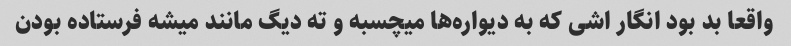
واقعا بد بود انگار اشی که به دیواره‌ها میچسبه و ته دیگ مانند میشه فرستاده بودن